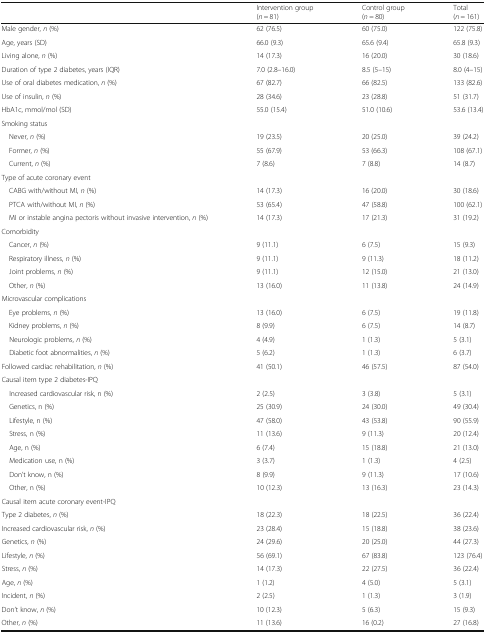
<table><thead><tr><td></td><td><b>Intervention group(<i>n</i> = 81)</b></td><td><b>Control group(<i>n</i> = 80)</b></td><td><b>Total(<i>n</i> = 161)</b></td></tr></thead><tbody><tr><td>Male gender, <i>n</i> (%)</td><td>62 (76.5)</td><td>60 (75.0)</td><td>122 (75.8)</td></tr><tr><td>Age, years (SD)</td><td>66.0 (9.3)</td><td>65.6 (9.4)</td><td>65.8 (9.3)</td></tr><tr><td>Living alone, <i>n</i> (%)</td><td>14 (17.3)</td><td>16 (20.0)</td><td>30 (18.6)</td></tr><tr><td>Duration of type 2 diabetes, years (IQR)</td><td>7.0 (2.8–16.0)</td><td>8.5 (5–15)</td><td>8.0 (4–15)</td></tr><tr><td>Use of oral diabetes medication, <i>n</i> (%)</td><td>67 (82.7)</td><td>66 (82.5)</td><td>133 (82.6)</td></tr><tr><td>Use of insulin, <i>n</i> (%)</td><td>28 (34.6)</td><td>23 (28.8)</td><td>51 (31.7)</td></tr><tr><td>HbA1c, mmol/mol (SD)</td><td>55.0 (15.4)</td><td>51.0 (10.6)</td><td>53.6 (13.4)</td></tr><tr><td colspan="4">Smoking status</td></tr><tr><td> Never, <i>n</i> (%)</td><td>19 (23.5)</td><td>20 (25.0)</td><td>39 (24.2)</td></tr><tr><td> Former, <i>n</i> (%)</td><td>55 (67.9)</td><td>53 (66.3)</td><td>108 (67.1)</td></tr><tr><td> Current, <i>n</i> (%)</td><td>7 (8.6)</td><td>7 (8.8)</td><td>14 (8.7)</td></tr><tr><td colspan="4">Type of acute coronary event</td></tr><tr><td> CABG with/without MI, <i>n</i> (%)</td><td>14 (17.3)</td><td>16 (20.0)</td><td>30 (18.6)</td></tr><tr><td> PTCA with/without MI, <i>n</i> (%)</td><td>53 (65.4)</td><td>47 (58.8)</td><td>100 (62.1)</td></tr><tr><td> MI or instable angina pectoris without invasive intervention, <i>n</i> (%)</td><td>14 (17.3)</td><td>17 (21.3)</td><td>31 (19.2)</td></tr><tr><td colspan="4">Comorbidity</td></tr><tr><td> Cancer, <i>n</i> (%)</td><td>9 (11.1)</td><td>6 (7.5)</td><td>15 (9.3)</td></tr><tr><td> Respiratory illness, <i>n</i> (%)</td><td>9 (11.1)</td><td>9 (11.3)</td><td>18 (11.2)</td></tr><tr><td> Joint problems, <i>n</i> (%)</td><td>9 (11.1)</td><td>12 (15.0)</td><td>21 (13.0)</td></tr><tr><td> Other, <i>n</i> (%)</td><td>13 (16.0)</td><td>11 (13.8)</td><td>24 (14.9)</td></tr><tr><td colspan="4">Microvascular complications</td></tr><tr><td> Eye problems, <i>n</i> (%)</td><td>13 (16.0)</td><td>6 (7.5)</td><td>19 (11.8)</td></tr><tr><td> Kidney problems, <i>n</i> (%)</td><td>8 (9.9)</td><td>6 (7.5)</td><td>14 (8.7)</td></tr><tr><td> Neurologic problems, <i>n</i> (%)</td><td>4 (4.9)</td><td>1 (1.3)</td><td>5 (3.1)</td></tr><tr><td> Diabetic foot abnormalities, <i>n</i> (%)</td><td>5 (6.2)</td><td>1 (1.3)</td><td>6 (3.7)</td></tr><tr><td>Followed cardiac rehabilitation, <i>n</i> (%)</td><td>41 (50.1)</td><td>46 (57.5)</td><td>87 (54.0)</td></tr><tr><td colspan="4">Causal item type 2 diabetes-IPQ</td></tr><tr><td> Increased cardiovascular risk, n (%)</td><td>2 (2.5)</td><td>3 (3.8)</td><td>5 (3.1)</td></tr><tr><td> Genetics, n (%)</td><td>25 (30.9)</td><td>24 (30.0)</td><td>49 (30.4)</td></tr><tr><td> Lifestyle, n (%)</td><td>47 (58.0)</td><td>43 (53.8)</td><td>90 (55.9)</td></tr><tr><td> Stress, n (%)</td><td>11 (13.6)</td><td>9 (11.3)</td><td>20 (12.4)</td></tr><tr><td> Age, n (%)</td><td>6 (7.4)</td><td>15 (18.8)</td><td>21 (13.0)</td></tr><tr><td> Medication use, n (%)</td><td>3 (3.7)</td><td>1 (1.3)</td><td>4 (2.5)</td></tr><tr><td> Don’t know, n (%)</td><td>8 (9.9)</td><td>9 (11.3)</td><td>17 (10.6)</td></tr><tr><td> Other, n (%)</td><td>10 (12.3)</td><td>13 (16.3)</td><td>23 (14.3)</td></tr><tr><td colspan="4">Causal item acute coronary event-IPQ</td></tr><tr><td>Type 2 diabetes, <i>n</i> (%)</td><td>18 (22.3)</td><td>18 (22.5)</td><td>36 (22.4)</td></tr><tr><td>Increased cardiovascular risk, <i>n</i> (%)</td><td>23 (28.4)</td><td>15 (18.8)</td><td>38 (23.6)</td></tr><tr><td>Genetics, <i>n</i> (%)</td><td>24 (29.6)</td><td>20 (25.0)</td><td>44 (27.3)</td></tr><tr><td>Lifestyle, <i>n</i> (%)</td><td>56 (69.1)</td><td>67 (83.8)</td><td>123 (76.4)</td></tr><tr><td>Stress, <i>n</i> (%)</td><td>14 (17.3)</td><td>22 (27.5)</td><td>36 (22.4)</td></tr><tr><td>Age, <i>n</i> (%)</td><td>1 (1.2)</td><td>4 (5.0)</td><td>5 (3.1)</td></tr><tr><td>Incident, <i>n</i> (%)</td><td>2 (2.5)</td><td>1 (1.3)</td><td>3 (1.9)</td></tr><tr><td>Don’t know, <i>n</i> (%)</td><td>10 (12.3)</td><td>5 (6.3)</td><td>15 (9.3)</td></tr><tr><td>Other, <i>n</i> (%)</td><td>11 (13.6)</td><td>16 (0.2)</td><td>27 (16.8)</td></tr></tbody></table>